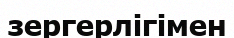
зергерлігімен